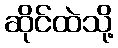
ဆိုင်ထဲသို့